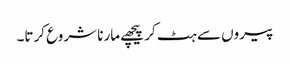
پیروں سے ہٹ کر پیچھے مارنا شروع کرتا۔